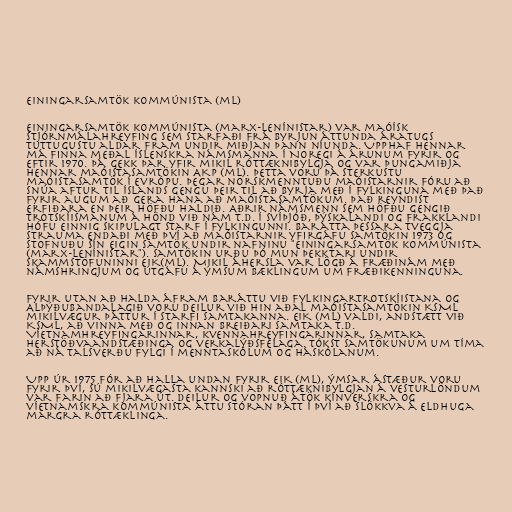
Einingarsamtök kommúnista (ml)

Einingarsamtök kommúnista (marx-lenínistar) var maóísk
stjórnmálahreyfing sem starfaði frá byrjun áttunda áratugs
tuttugustu aldar fram undir miðjan þann níunda. Upphaf hennar
má finna meðal íslenskra námsmanna í Noregi á árunum fyrir og
eftir 1970. Þá gekk þar yfir mikil róttæknibylgja og var þungamiðja
hennar maóistasamtökin AKP (ml). Þetta voru þá sterkustu
maóistasamtök í Evrópu. Þegar norskmenntuðu maóistarnir fóru að
snúa aftur til Íslands gengu þeir til að byrja með í Fylkinguna með það
fyrir augum að gera hana að maóistasamtökum. Það reyndist
erfiðara en þeir höfðu haldið. Aðrir námsmenn sem höfðu gengið
trotskíismanum á hönd við nám t.d. í Svíþjóð, Þýskalandi og Frakklandi
hófu einnig skipulagt starf í Fylkingunni. Barátta þessara tveggja
strauma endaði með því að maóistarnir yfirgáfu samtökin 1973 og
stofnuðu sín eigin samtök undir nafninu "Einingarsamtök kommúnista
(marx-lenínistar"). Samtökin urðu þó mun þekktari undir
skammstöfuninni EIK(ml). Mikil áhersla var lögð á fræðinám með
námshringjum og útgáfu á ýmsum bæklingum um fræðikenninguna.

Fyrir utan að halda áfram baráttu við Fylkingartrotskíistana og
Alþýðubandalagið voru deilur við hin aðal maóistasamtökin KSML
mikilvægur þáttur í starfi samtakanna. EIK (ml) valdi, andstætt við
KSML, að vinna með og innan breiðari samtaka t.d.
Víetnamhreyfingarinnar, kvennahreyfingarinnar, samtaka
herstöðvaandstæðinga og verkalýðsfélaga. Tókst samtökunum um tíma
að ná talsverðu fylgi í menntaskólum og háskólanum.

Upp úr 1975 fór að halla undan fyrir EIK (ml), ýmsar ástæður voru
fyrir því, sú mikilvægasta kannski að róttæknibylgjan á vesturlöndum
var farin að fjara út. Deilur og vopnuð átök kínverskra og
víetnamskra kommúnista áttu stóran þátt í því að slökkva á eldhuga
margra róttæklinga.